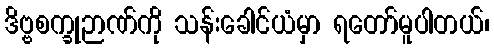
ဒိဗ္ဗစက္ခုဉာဏ်ကို သန်းခေါင်ယံမှာ ရတော်မူပါတယ်၊